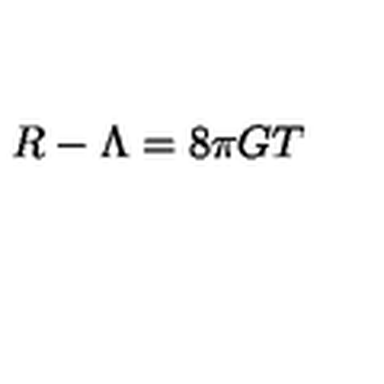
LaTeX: R - \Lambda = 8 \pi G T